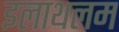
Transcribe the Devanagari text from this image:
इलाथलम